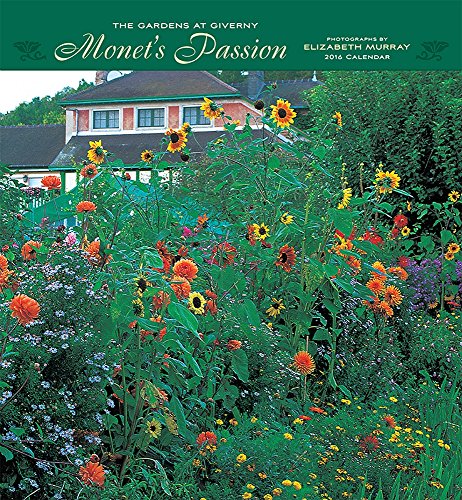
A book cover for Monet's Passion 2016 Calendar: The Gardens at Giverny; Calendars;